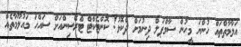
އަލާމާތްތައް ހުންނަ މީހުން ސާމްޕަލް ދިނުމަށް ދެކޮޅު! ކޮންޓެކްޓް ޓްރޭސިންއަށް ސައްހަ މައުލޫމާތެއް